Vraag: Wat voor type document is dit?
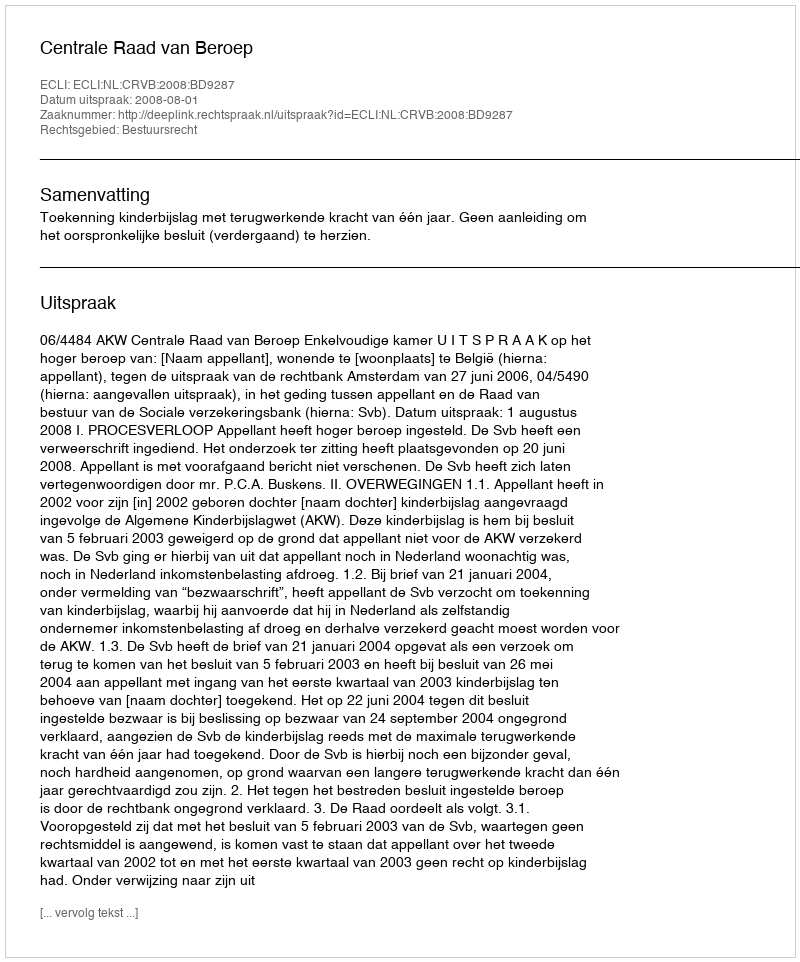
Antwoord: Uitspraak